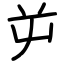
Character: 屰